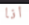
انا